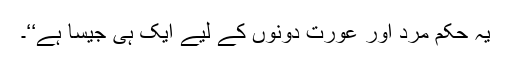
یہ حکم مرد اور عورت دونوں کے لیے ایک ہی جیسا ہے‘‘۔